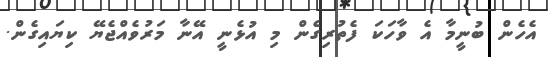
އެހެން ބުނީމާ އެ ވާހަކަ ފެތުރިގެން މި އުޅެނީ އޭނާ މަރުވެއްޖެޔޭ ކިޔައިގެން.